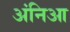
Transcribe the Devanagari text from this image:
अंनिआ